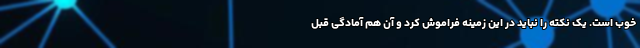
خوب است. یک نکته را نباید در این زمینه فراموش کرد و آن هم آمادگی قبل